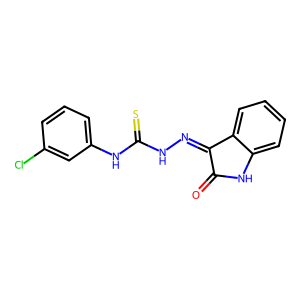
SMILES: O=C1Nc2ccccc2C1=NNC(=S)Nc1cccc(Cl)c1
Inhibits HIV replication: No